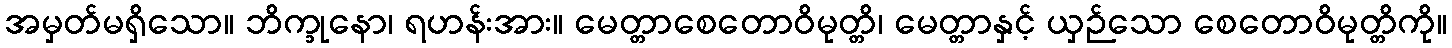
အမှတ်မရှိသော။ ဘိက္ခုနော၊ ရဟန်းအား။ မေတ္တာစေတောဝိမုတ္တိ၊ မေတ္တာနှင့် ယှဉ်သော စေတောဝိမုတ္တိကို။